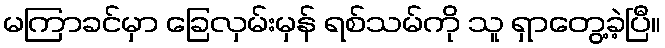
မကြာခင်မှာ ခြေလှမ်းမှန် ရစ်သမ်ကို သူ ရှာတွေ့ခဲ့ပြီ။